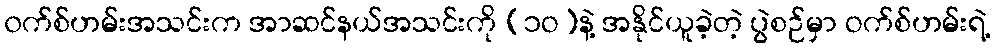
၀က်စ်ဟမ်းအသင်းက အာဆင်နယ်အသင်းကို (၁ဝ)နဲ့ အနိုင်ယူခဲ့တဲ့ ပွဲစဉ်မှာ ဝက်စ်ဟမ်းရဲ့